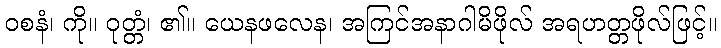
ဝစနံ၊ ကို။ ဝုတ္တံ၊ ၏။ ယေနဖလေန၊ အကြင်အနာဂါမိဖိုလ် အရဟတ္တဖိုလ်ဖြင့်။